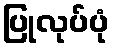
ပြုလုပ်ပုံ